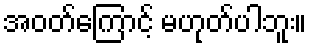
အဝတ်ကြောင့် မဟုတ်ပါဘူး။